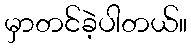
မှာတင်ခဲ့ပါတယ်။